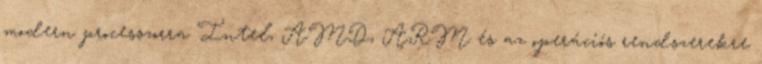
modern processzorra Intel, AMD, ARM és az operációs rendszerekre